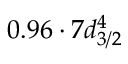
0 . 9 6 \cdot 7 d _ { 3 / 2 } ^ { 4 }